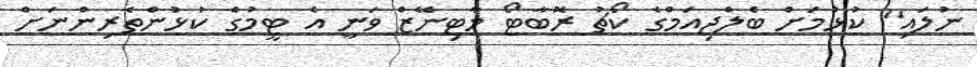
ނުލައި" ކުޅުމަށް ބެލްޖިއަމްގެ ކޯޗު ރޮބާޓޯ މާޓިނޭޒް ވަނީ އެ ޓީމުގެ ކުޅުންތެރިންނަށް